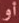
أو